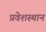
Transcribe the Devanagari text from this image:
प्रवेशस्थान